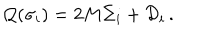
{ \cal Q } ( \sigma _ { i } ) = 2 M \Sigma _ { i } + { \cal D } _ { i } \, .